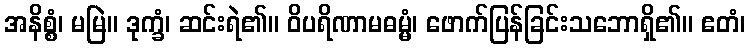
အနိစ္စံ၊ မမြဲ။ ဒုက္ခံ၊ ဆင်းရဲ၏။ ဝိပရိဏာမဓမ္မံ၊ ဖောက်ပြန်ခြင်းသဘောရှိ၏။ ဧတံ၊